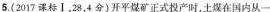
5.(2017课标Ⅰ，28，4分)开平煤矿正式投产时，土煤在国内从一